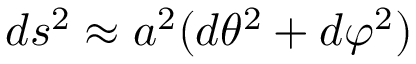
d s ^ { 2 } \approx a ^ { 2 } ( d \theta ^ { 2 } + d \varphi ^ { 2 } )